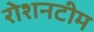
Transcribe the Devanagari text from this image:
रोशनटीम